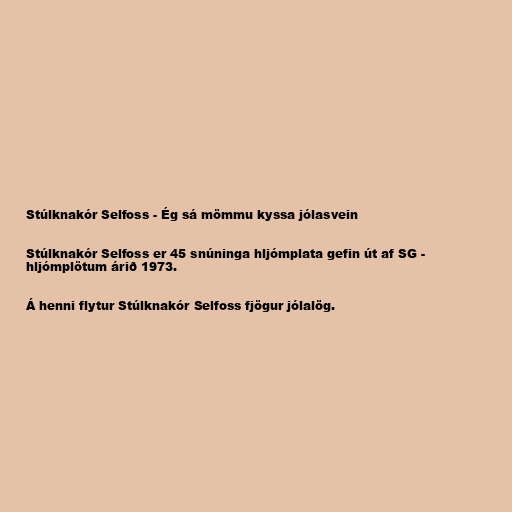
Stúlknakór Selfoss - Ég sá mömmu kyssa jólasvein

Stúlknakór Selfoss er 45 snúninga hljómplata gefin út af SG -
hljómplötum árið 1973.

Á henni flytur Stúlknakór Selfoss fjögur jólalög.